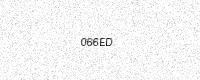
Text: 066ED